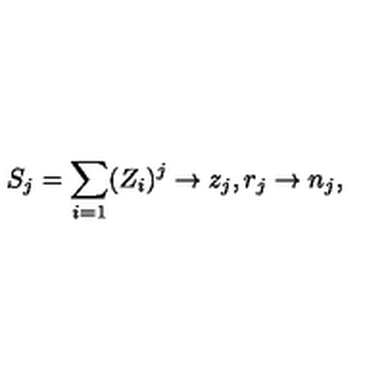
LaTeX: S _ { j } = \sum _ { i = 1 } ( Z _ { i } ) ^ { j } \rightarrow z _ { j } , r _ { j } \rightarrow n _ { j } ,